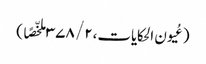
(عُیون الحکایات،۲/ ۳۷۸ ملخّصًا )